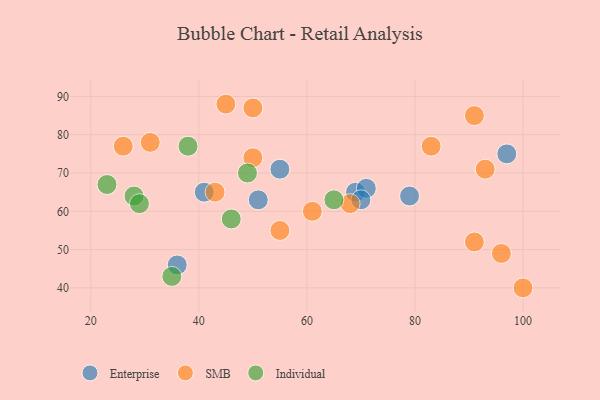
{"axis": {"x": "GDP", "y": "Life Expectancy"}, "legend": ["Enterprise", "Individual", "SMB"], "data": [{"x": "97", "y": 75, "type": "Enterprise"}, {"x": "69", "y": 65, "type": "Enterprise"}, {"x": "71", "y": 66, "type": "Enterprise"}, {"x": "70", "y": 63, "type": "Enterprise"}, {"x": "79", "y": 64, "type": "Enterprise"}, {"x": "41", "y": 65, "type": "Enterprise"}, {"x": "36", "y": 46, "type": "Enterprise"}, {"x": "55", "y": 71, "type": "Enterprise"}, {"x": "51", "y": 63, "type": "Enterprise"}, {"x": "93", "y": 71, "type": "SMB"}, {"x": "43", "y": 65, "type": "SMB"}, {"x": "100", "y": 40, "type": "SMB"}, {"x": "91", "y": 52, "type": "SMB"}, {"x": "91", "y": 85, "type": "SMB"}, {"x": "26", "y": 77, "type": "SMB"}, {"x": "50", "y": 87, "type": "SMB"}, {"x": "83", "y": 77, "type": "SMB"}, {"x": "31", "y": 78, "type": "SMB"}, {"x": "50", "y": 74, "type": "SMB"}, {"x": "96", "y": 49, "type": "SMB"}, {"x": "45", "y": 88, "type": "SMB"}, {"x": "68", "y": 62, "type": "SMB"}, {"x": "61", "y": 60, "type": "SMB"}, {"x": "55", "y": 55, "type": "SMB"}, {"x": "49", "y": 70, "type": "Individual"}, {"x": "65", "y": 63, "type": "Individual"}, {"x": "23", "y": 67, "type": "Individual"}, {"x": "28", "y": 64, "type": "Individual"}, {"x": "35", "y": 43, "type": "Individual"}, {"x": "46", "y": 58, "type": "Individual"}, {"x": "38", "y": 77, "type": "Individual"}, {"x": "29", "y": 62, "type": "Individual"}]}